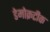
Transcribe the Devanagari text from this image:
डेमोक्रटीक